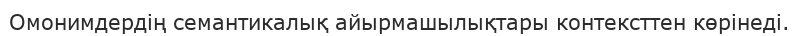
Омонимдердің семантикалық айырмашылықтары контексттен көрінеді.